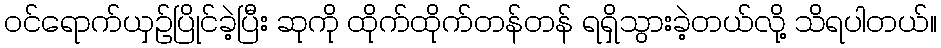
ဝင်ရောက်ယှဉ်ပြိုင်ခဲ့ပြီး ဆုကို ထိုက်ထိုက်တန်တန် ရရှိသွားခဲ့တယ်လို့ သိရပါတယ်။